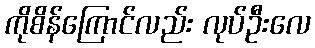
ကိုစိန်ကြောင်လည်း လုပ်ဦးလေ